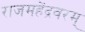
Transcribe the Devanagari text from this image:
राजमहेंद्रवरम्